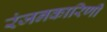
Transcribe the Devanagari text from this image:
रंजनकारिणी